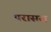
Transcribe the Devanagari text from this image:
परासरा